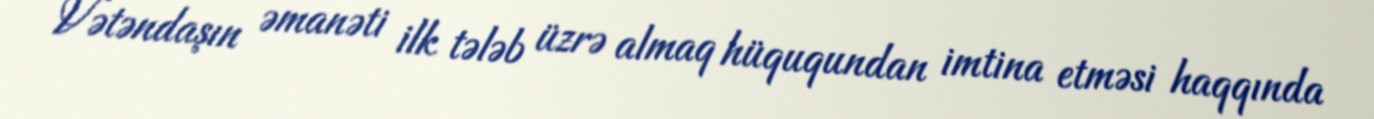
Vətəndaşın əmanəti ilk tələb üzrə almaq hüququndan imtina etməsi haqqında